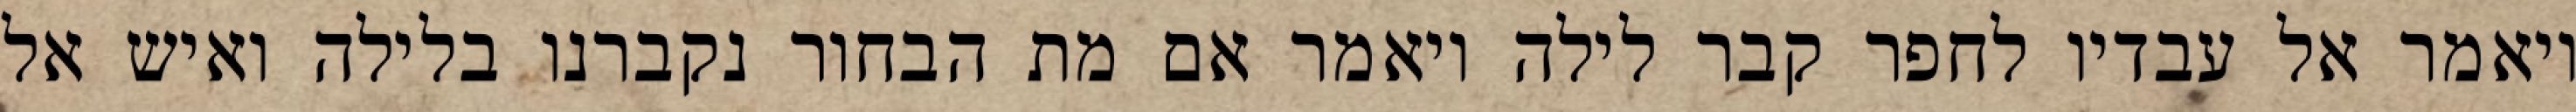
ויאמר אל עבדיו לחפר קבר לילה ויאמר אם מת הבחור נקברנו בלילה ואיש אל